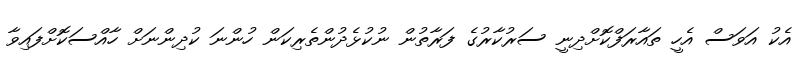
އެކު އަވަސް އެހީ ތައާރަފްކޮށްދިނީ ސަރުކާރުގެ ފަރާތުން ނުކުޅެދުންތެރިކަން ހުންނަ ކުދިންނަށް ހާއްސަކޮށްފައިވާ